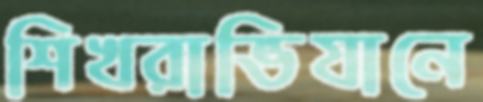
শিখরাভিযানে